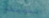
المضيفة